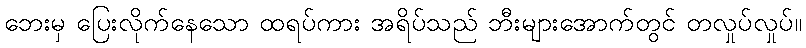
ဘေးမှ ပြေးလိုက်နေသော ထရပ်ကား အရိပ်သည် ဘီးများအောက်တွင် တလှုပ်လှုပ်။